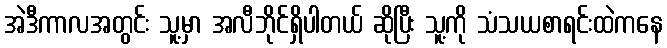
အဲဒီကာလအတွင်း သူ့မှာ အလီဘိုင်ရှိပါတယ် ဆိုပြီး သူ့ကို သံသယစာရင်းထဲကနေ